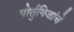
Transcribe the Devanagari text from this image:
पोर्तुगिजांचे